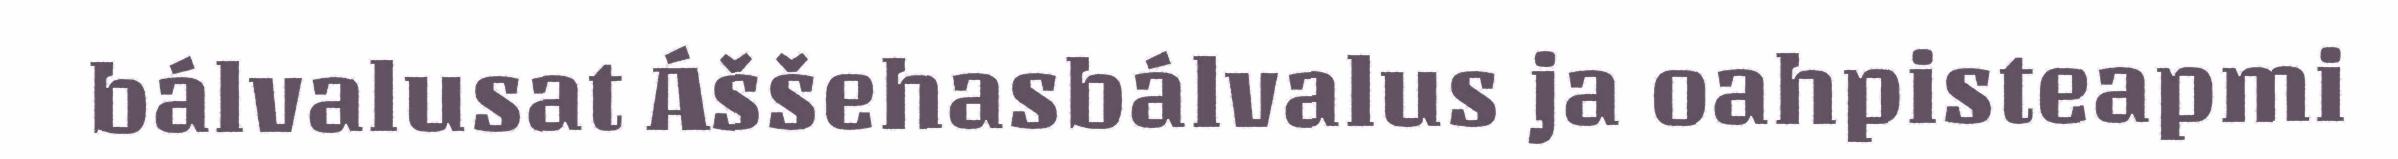
bálvalusat Áššehasbálvalus ja oahpisteapmi